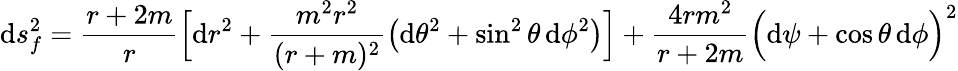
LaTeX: \mathrm{d}s_{f}^{2}=\frac{r+2m}{r}\Big[\mathrm{d}r^{2}+\frac{m^{2}r^{2}}{(r+m)^{2}}\left(\mathrm{d}\theta^{2}+\sin^{2}\theta\, \mathrm{d}\phi^{2}\right)\Big]+\frac{4rm^{2}}{r+2m}\Big(\mathrm{d}\psi+\cos\theta\, \mathrm{d}\phi\Big)^{2}